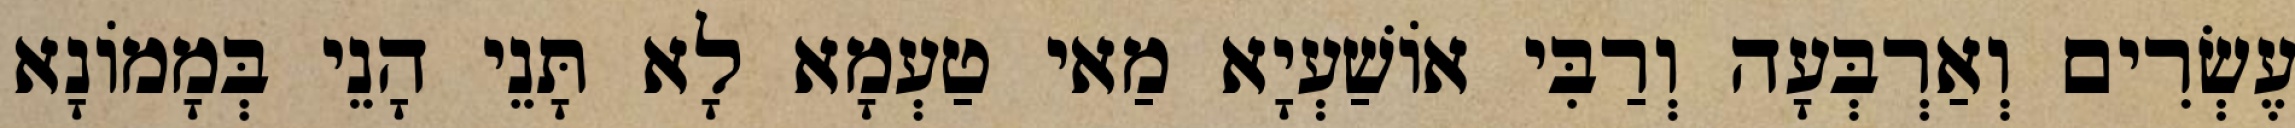
עֶשְׂרִים וְאַרְבְּעָה וְרַבִּי אוֹשַׁעְיָא מַאי טַעְמָא לָא תָּנֵי הָנֵי בְּמָמוֹנָא